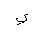
Letter: _ya